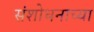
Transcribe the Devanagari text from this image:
संशोधनाच्‍या